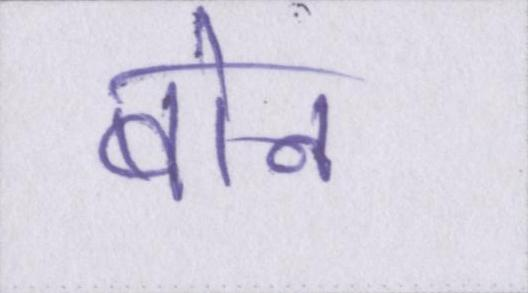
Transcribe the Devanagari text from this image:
बोन